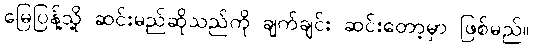
မြေပြန့်သို့ ဆင်းမည်ဆိုသည်ကို ချက်ချင်း ဆင်းတော့မှာ ဖြစ်မည်။